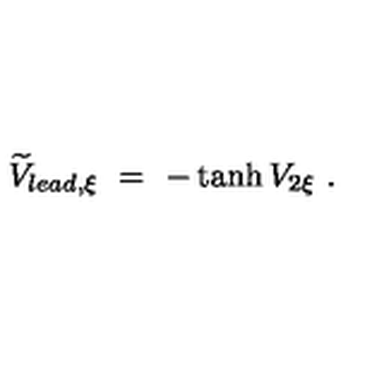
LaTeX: \widetilde V _ { l e a d , \xi } \ = \ - \tanh V _ { 2 \xi } \ .